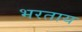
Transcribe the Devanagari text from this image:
भरताय